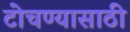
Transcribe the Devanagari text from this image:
टोचण्यासाठी